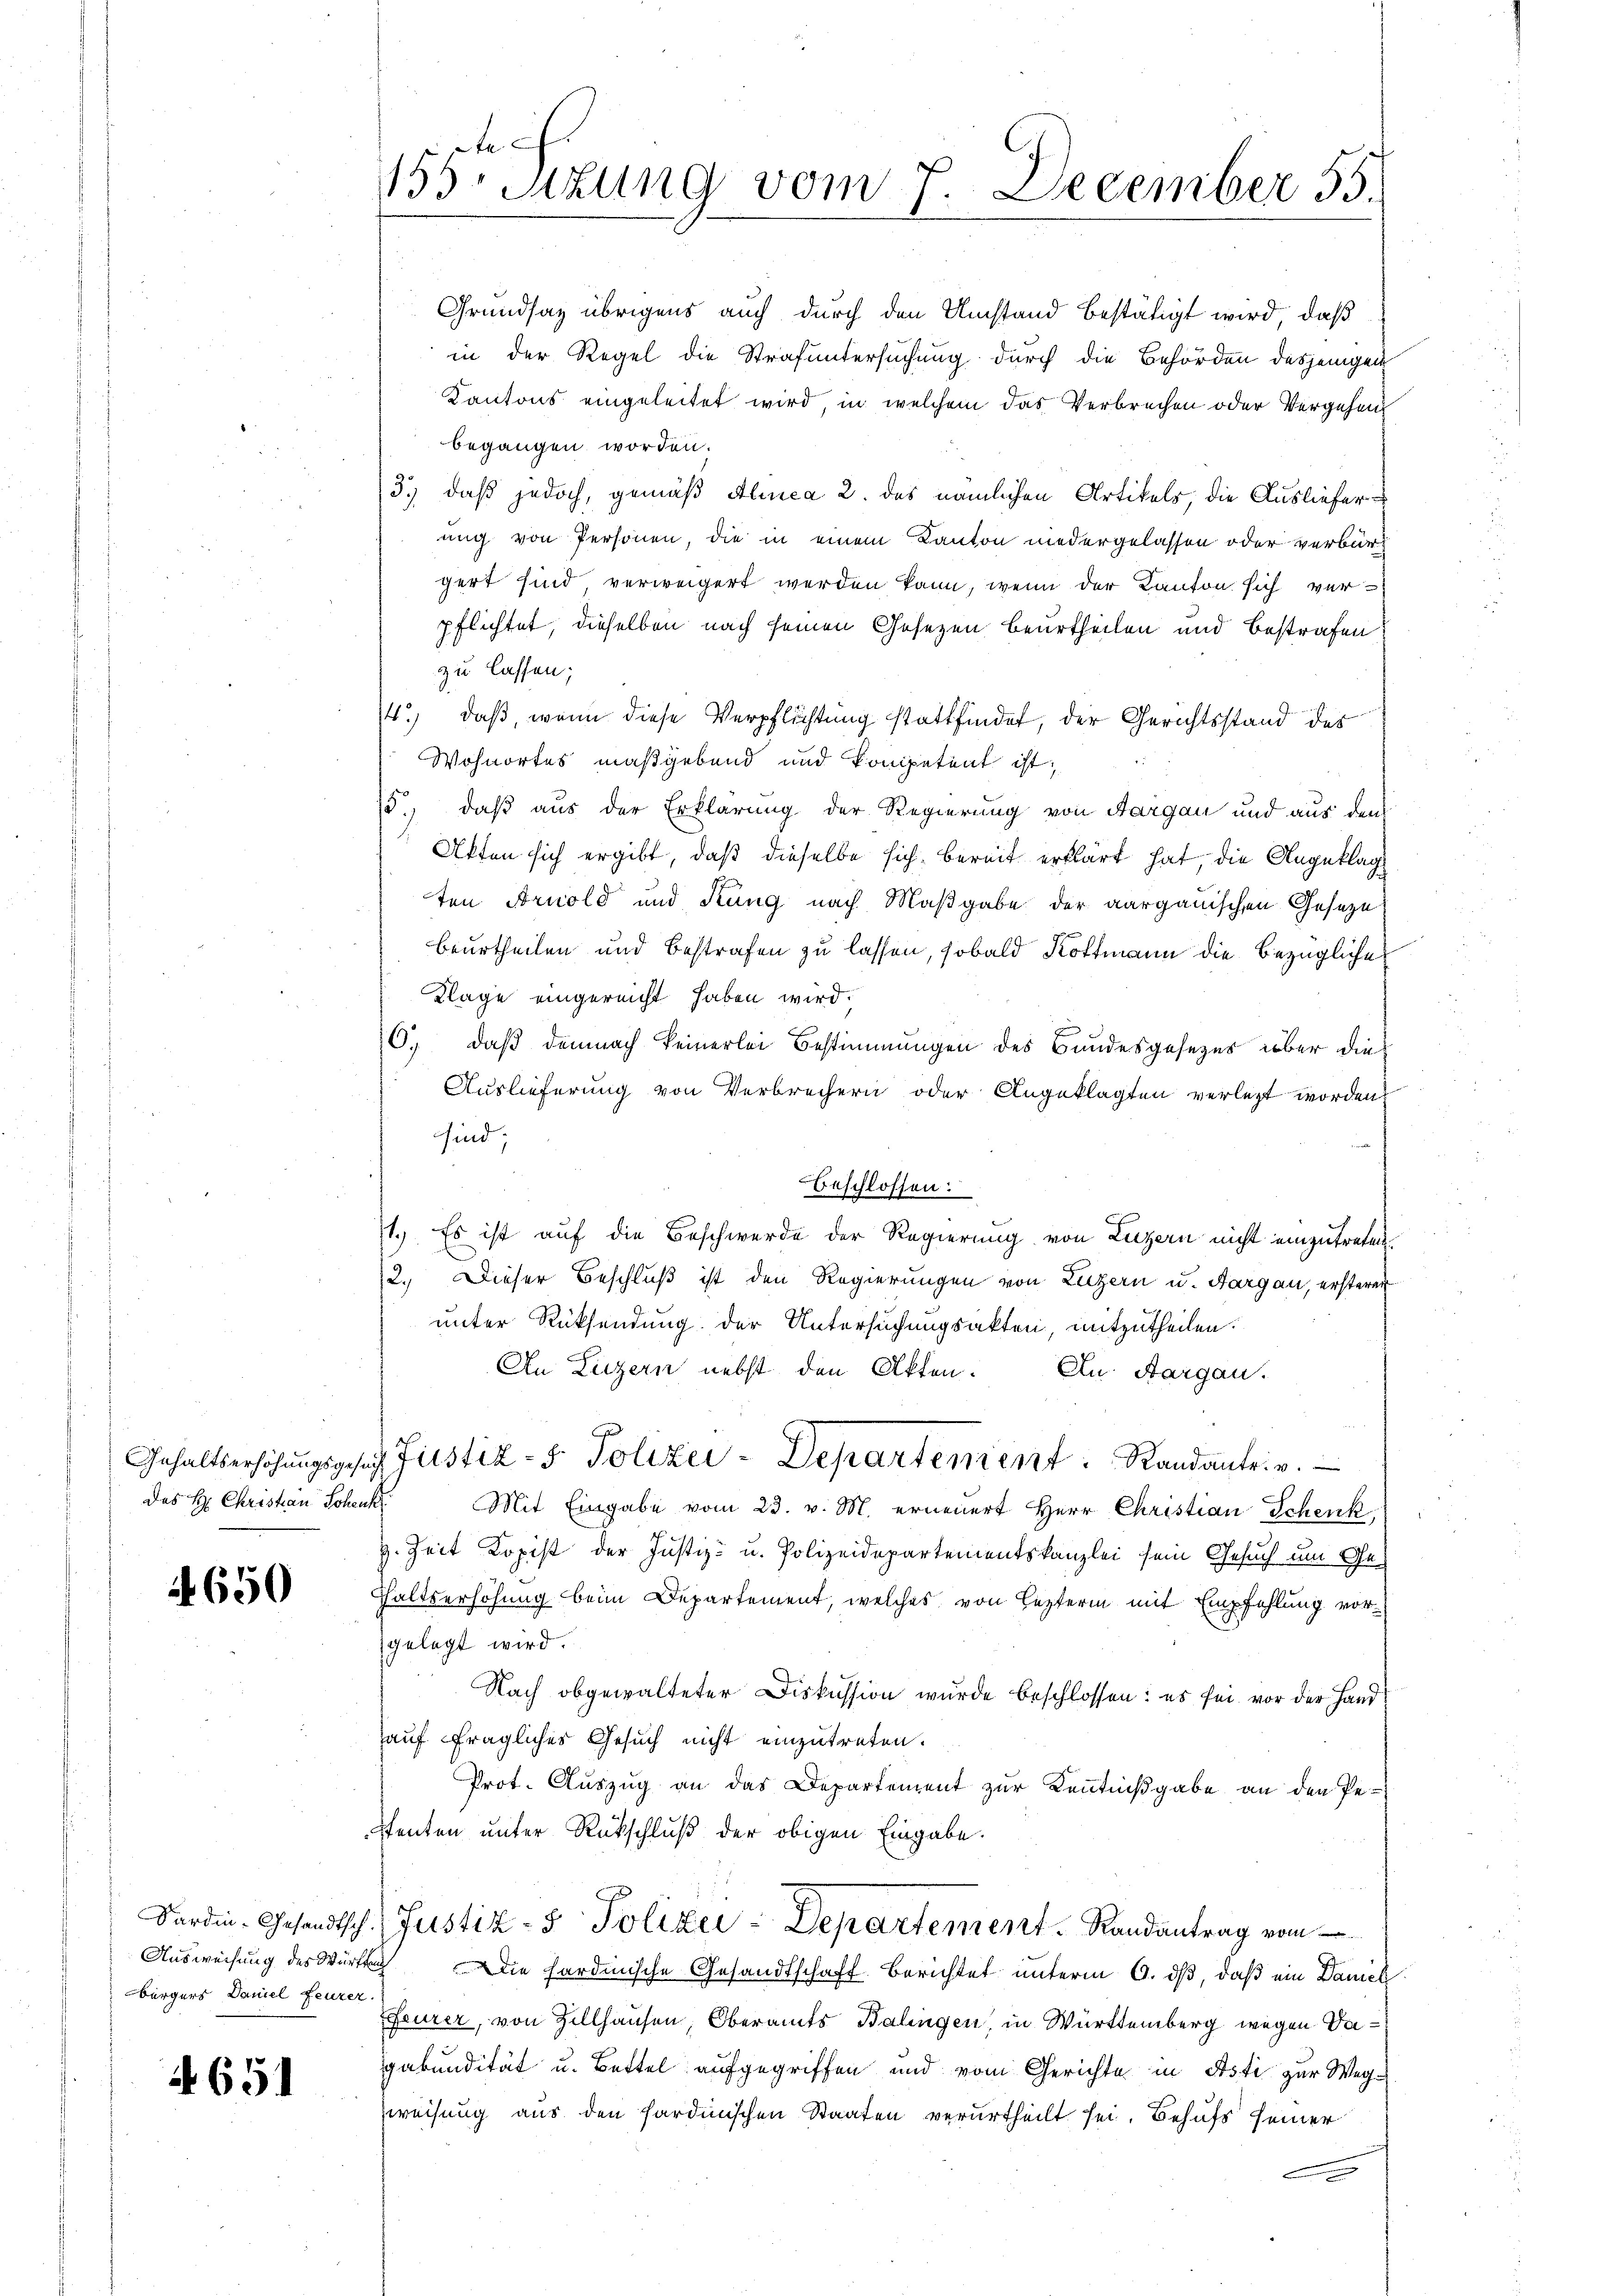
Das H: Christian Soher

4650

bürgers Daniel Feuzer

4651

155. Sizung vom 7. December 55.

Grundsaz übrigens auch durch den Umstand bestätigt wird, daß
in der Regel die Strafuntersuchung durch die Behörden desjenigen
Kantons eingeleitet wird, in welchem das Verbrechen oder Vergehen
begangen worden.
3.) daß jedoch, gemäß Alinea 2. des nämlichen Artikels, die Auslieferung von Personen, die in einem Kanton niedergelassen oder verbürgert sind verweigert werden kann, wenn der Kanton sich ver-
pflichtet, dieselben nach seinen Gesezen beurtheilen und bestrafen
zu lassen;
4.) daß, wenn diese Verpflichtung stattfindet, der Gerichtsstand des
Wohnortes maßgebend und kompetent ist,
5.) daß aus der Erklärung der Regierung von Aargau und aus den
Akten sich ergibt, daß dieselbe sich bereit erklärt hat, die Angeklag
ten Arnold und Rang nach Maßgabe der aargauischen Geseze
beurtheilen und bestrafen zu lassen, sobald Rottmann die bezügliches
Klage eingereicht haben wird.
6., daß demnach keinerlei Bestimmungen des Bundesgesezes über die
Auslieferung von Verbrechern oder Angeklagten verlegt worden
sind;
Beschlossen:
st. Es ist auf die Beschwerde der Regierung von Luzern nicht einzutreten.
12. Dieser Beschluß ist den Regierungen von Luzern u. Aargau, ersterer
unter Rücksendung der Untersuchungsakten, mitzutheilen.
An Luzern nebst den Akten. In Aargau.
Gehaltserhöhŭngsgesuch Justiz- & Polizei-Departement. Randantrie.
.
Mit Eingabe vom 23. v. M. erneuert Herr Christian Schenk
H. Zeit Kopist der Justiz- u. Polizeidepartementskanzlei sein Gesuch um Ge¬
Hhaltserhöhung beim Departement, welches von lezterm mit Empfehlung vorgelegt wird.
Nach obgewalteter Diskussion wurde beschlossen: es sei vor der Hand
auf fragliches Gesuch nicht einzutreten.
Prot. Auszug an das Departement zur Kenntnißgabe an den Pe-
Stenten unter Rückschluß der obigen Eingabe.
Sardin-Gesandtsch. Justiz- & Polizei-Departement. Randantrag vom
Ausweisung des Würtach Die hardinische Gesandtschaft Berichtet unterm 6. ds, daß ein Daniel
ffeurer, von Zillhausen, Oberamts Balingen, in Württemberg wegen Vagabundität u. Bettel aufgegriffen und vom Gerichte in Asti zur Weg¬
Zweisung aus den sardinischen Staaten verurtheilt sei. Behufs seiner
E